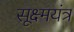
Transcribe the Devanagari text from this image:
सूक्ष्मयंत्र